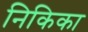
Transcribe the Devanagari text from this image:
निकिका